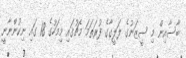
ބާސާއިން މި ސީޒަނުގެ ލަލީގާގެ ފުރަތަމަ މެޗުގައި މިމަހުގެ 18 ގައި ނިކުންނާނީ